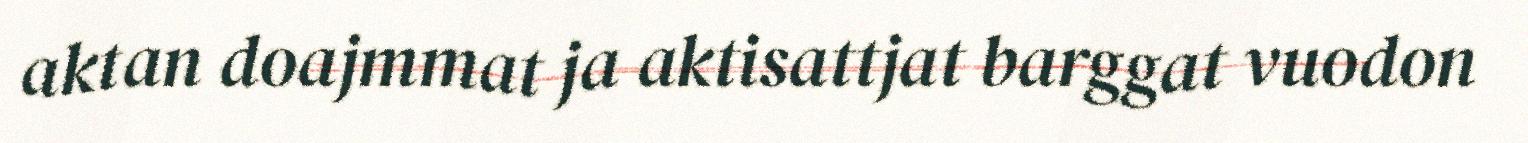
aktan doajmmat ja aktisattjat barggat vuodon